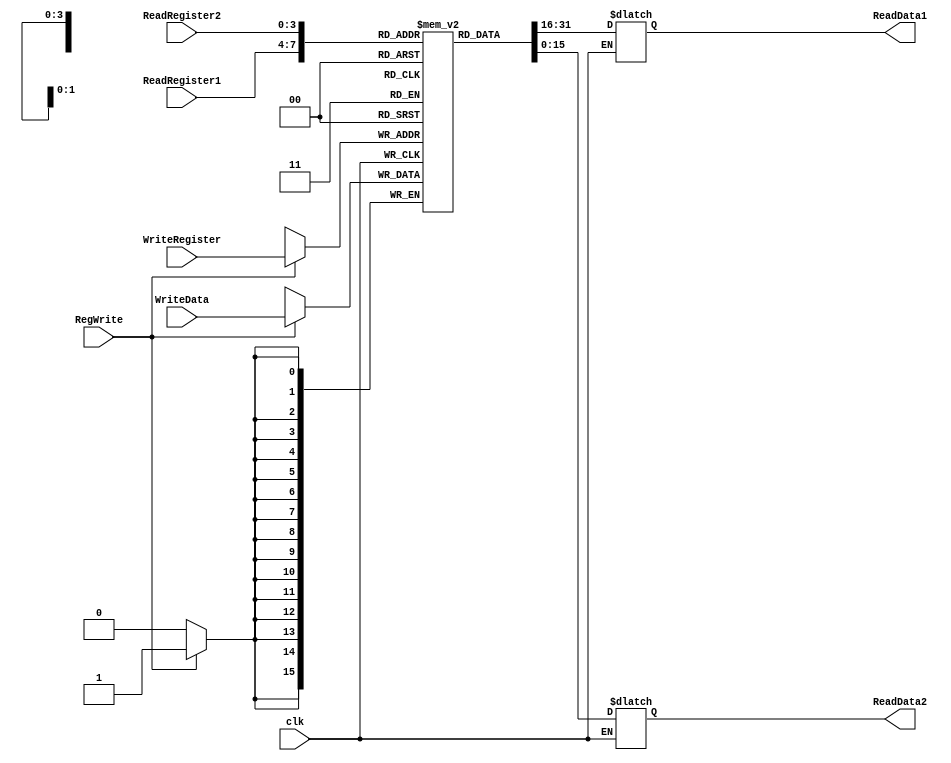
`timescale 1ns / 1ps
//////////////////////////////////////////////////////////////////////////////////
// Company: 
// Engineer: 
// 
// Design Name: 
// Module Name:    registerFile 
// Project Name: 
// Target Devices: 
// Tool versions: 
// Description: 
//
// Dependencies: 
//
// Revision: 
// Revision 0.01 - File Created
// Additional Comments: 
//
//////////////////////////////////////////////////////////////////////////////////
module registerFile(ReadRegister1, clk,ReadRegister2, WriteRegister, WriteData, RegWrite, ReadData1, ReadData2);

	/* Please fill in the implementation here... */ 
	input [3:0] ReadRegister1,ReadRegister2,WriteRegister;
	input [15:0] WriteData;
	input RegWrite;
	input clk;
	
	output reg [15:0] ReadData1,ReadData2;
	
	
	//reg [31:0] Registers = new reg[32];
	reg [15:0] Registers [15:0];
	
	initial begin
		Registers[0] <= 16'h0000;
		Registers[1] <= 16'h0000;
		Registers[2] <= 16'h0000;
		Registers[3] <= 16'h0000;
		Registers[4] <= 16'h0000;
		Registers[5] <= 16'h0000;
		Registers[6] <= 16'h0000;
		Registers[7] <= 16'h0000;
		Registers[8] <= 16'h0000;
		Registers[9] <= 16'h0000;
		Registers[10] <= 16'h0000;
		Registers[11] <= 16'h0000;
		Registers[12] <= 16'h0000;
		Registers[13] <= 16'h0000;
		Registers[14] <= 16'h0000;
		Registers[15] <= 16'h0000;

	end
		
	always @ (negedge clk ) begin
   if (RegWrite == 1) 
		begin
			Registers[WriteRegister] <= WriteData;
			$display("data %b is written on register %b", WriteData, WriteRegister);

		end

 end

	always @ (*) begin
   if(clk) begin
		ReadData1 <= Registers[ReadRegister1];
	 	ReadData2 <= Registers[ReadRegister2];
	end

 end
		

endmodule